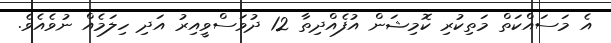
އެ މަސައްކަތް މަތިކުރި ކޮމިޝަން އުފެއްދިތާ 12 ދުވަސްވީއިރު އަދި ހިލަމެއް ނުވެއެވެ.